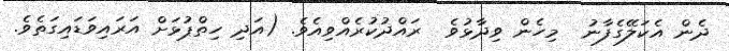
ދެން އެކަލޭގެފާނު  މިހެން ވިދާޅުވެ  ރައްދުކުރެއްވިއެވެ. (އަދި ހިތްޕުޅަށް އަރައިވަޑައިގަތެވެ.